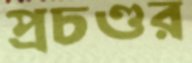
প্রচণ্ডর